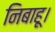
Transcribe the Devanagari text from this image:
निबाहू।